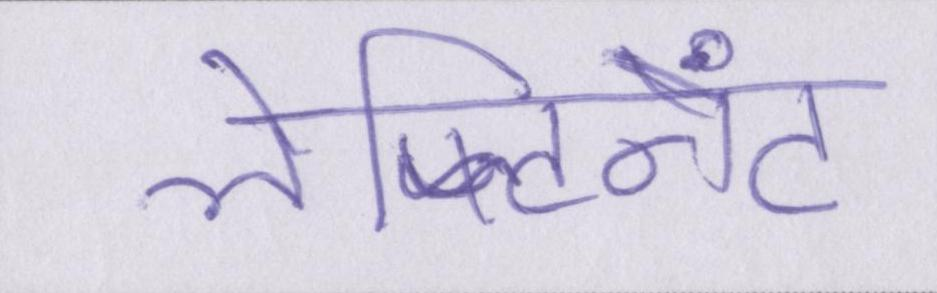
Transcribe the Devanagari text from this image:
लेफ्टिनेंट